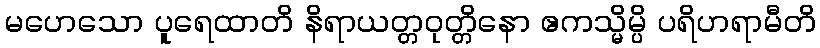
မဟေသော ပူရေထာတိ နိရာယတ္တဝုတ္တိနော ဧကသ္မိမ္ပိ ပရိဟရာမီတိ